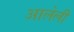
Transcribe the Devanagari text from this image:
आलेलीं